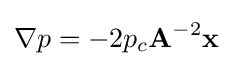
\nabla p=-2p_{c}\mathbf {A} ^{-2}\mathbf {x}